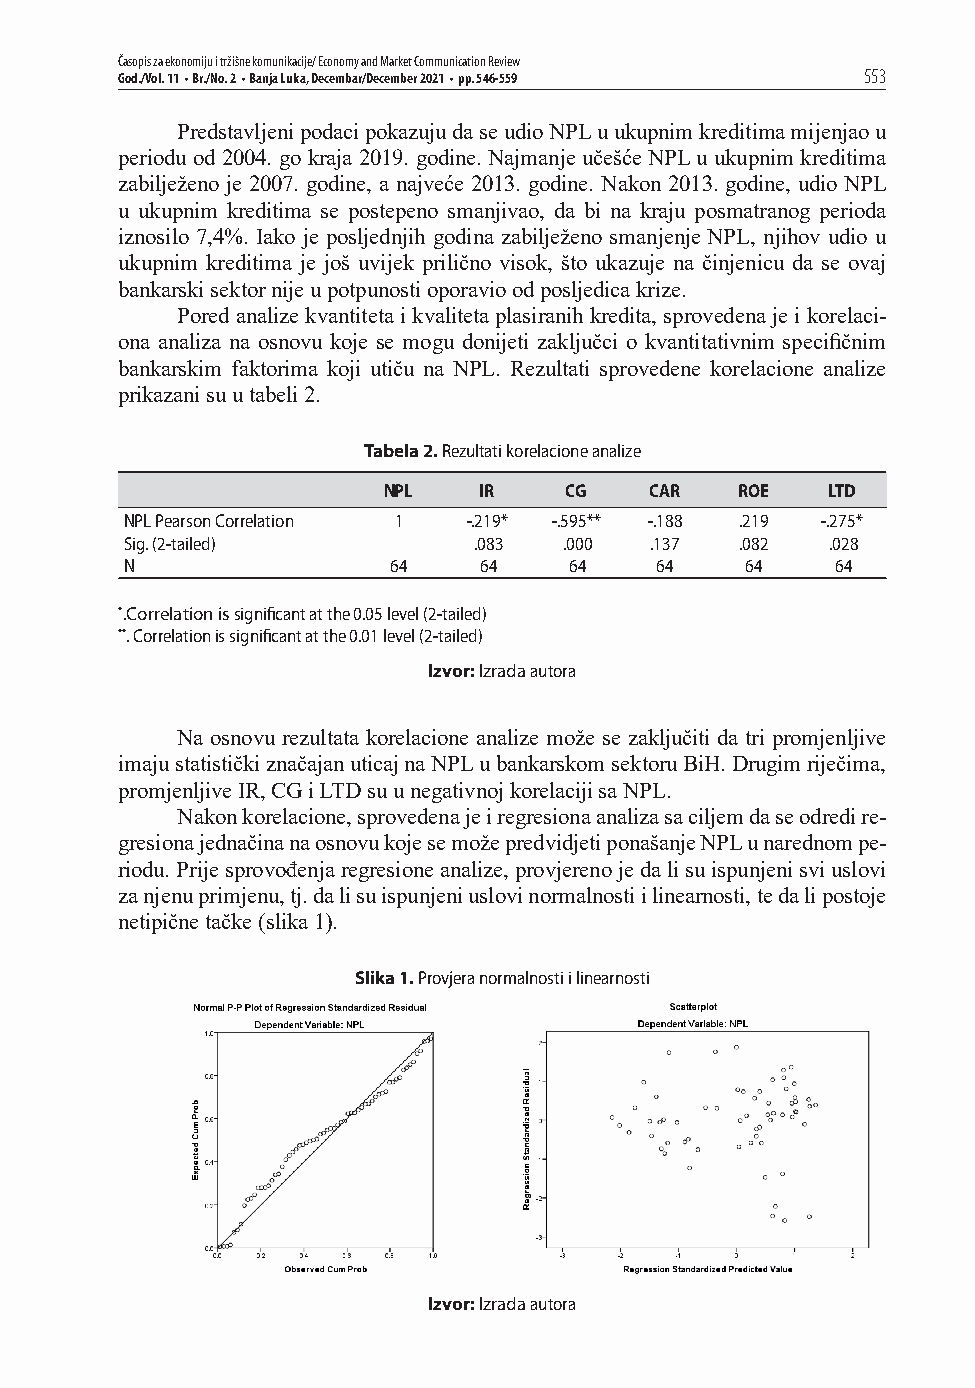
Časopis za ekonomiju i tržišne komunikacije/ Economy and Market Communication Review
 God./Vol. 11 • Br./No. 2 • Banja Luka, Decembar/December 2021 • pp. 546-559 553
 Predstavljeni podaci pokazuju da se udio NPL u ukupnim kreditima mijenjao u
 periodu od 2004. go kraja 2019. godine. Najmanje učešće NPL u ukupnim kreditima
 zabilježeno je 2007. godine, a najveće 2013. godine. Nakon 2013. godine, udio NPL
 u ukupnim kreditima se postepeno smanjivao, da bi na kraju posmatranog perioda
 iznosilo 7,4%. Iako je posljednjih godina zabilježeno smanjenje NPL, njihov udio u
 ukupnim kreditima je još uvijek prilično visok, što ukazuje na činjenicu da se ovaj
 bankarski sektor nije u potpunosti oporavio od posljedica krize.
 Pored analize kvantiteta i kvaliteta plasiranih kredita, sprovedena je i korelaci-
 ona analiza na osnovu koje se mogu donijeti zaključci o kvantitativnim specifi čnim
 bankarskim faktorima koji utiču na NPL. Rezultati sprovedene korelacione analize
 prikazani su u tabeli 2.
 Tabela 2. Rezultati korelacione analize
 NPL    IR   CG    CAR   ROE   LTD
 NPL Pearson Correlation 1 -.219* -.595** -.188 .219 -.275*
 Sig. (2-tailed)        .083  .000  .137  .082  .028
 N                 64    64    64   64    64    64
 *.Correlation is signifi cant at the 0.05 level (2-tailed)
 **. Correlation is signifi cant at the 0.01 level (2-tailed)
 Izvor: Izrada autora
 Na osnovu rezultata korelacione analize može se zaključiti da tri promjenljive
 imaju statistički značajan uticaj na NPL u bankarskom sektoru BiH. Drugim riječima,
 promjenljive IR, CG i LTD su u negativnoj korelaciji sa NPL.
 Nakon korelacione, sprovedena je i regresiona analiza sa ciljem da se odredi re-
 gresiona jednačina na osnovu koje se može predvidjeti ponašanje NPL u narednom pe-
 riodu. Prije sprovođenja regresione analize, provjereno je da li su ispunjeni svi uslovi
 za njenu primjenu, tj. da li su ispunjeni uslovi normalnosti i linearnosti, te da li postoje
 netipične tačke (slika 1).
 Slika 1. Provjera normalnosti i linearnosti
 Izvor: Izrada autora